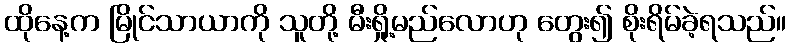
ထိုနေ့က မြိုင်သာယာကို သူတို့ မီးရှို့မည်လောဟု တွေး၍ စိုးရိမ်ခဲ့ရသည်။